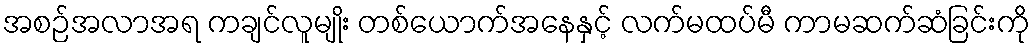
အစဉ်အလာအရ ကချင်လူမျိုး တစ်ယောက်အနေနှင့် လက်မထပ်မီ ကာမဆက်ဆံခြင်းကို